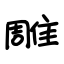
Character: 雕